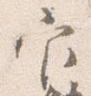
官